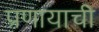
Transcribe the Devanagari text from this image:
प्रणायाची